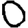
Digit: 0